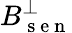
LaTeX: B_{\mathrm{~s~e~n~}}^{\perp}